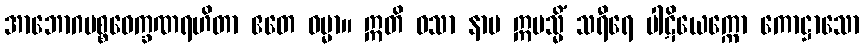
အာဘောဂပစ္စဝေက္ခဏရဟိတာ ဧတေ ဓမ္မာ။ ဣတိ ဝသာ နာမ ဣမသ္မိံ သရီရေ ပါဋိယေက္ကော ကောဋ္ဌာသော